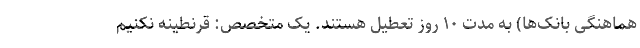
هماهنگی بانک‌ها) به مدت ۱۰ روز تعطیل هستند. یک متخصص: قرنطینه نکنیم